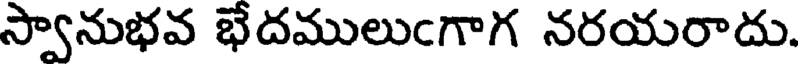
స్వానుభవ భేదములుఁగాగ నరయరాదు.